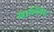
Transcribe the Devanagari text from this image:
खाल्लिद